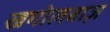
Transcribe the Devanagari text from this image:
खगोलबाज़